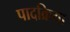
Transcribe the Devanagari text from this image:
पादक्रिया